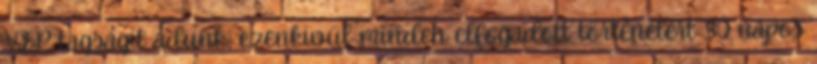
VIP tagságit adunk, ezenkivül minden elfogadott történetért 30 napos